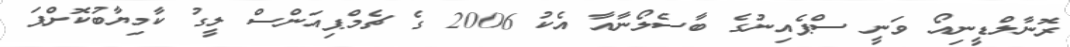
ރޮނާލްޑީނިއޯ ވަނީ ސްޕެއިނުގެ ބާސެލޯނާއާ އެކު 2006 ގެ ޗެމްޕިއަންސް ލީގު ކާމިޔާބުކޮށްފަ